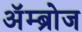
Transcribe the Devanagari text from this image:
अॅम्ब्रोज